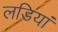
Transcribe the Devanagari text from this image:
लडियां